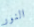
النور